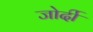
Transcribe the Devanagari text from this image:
जोर्दी